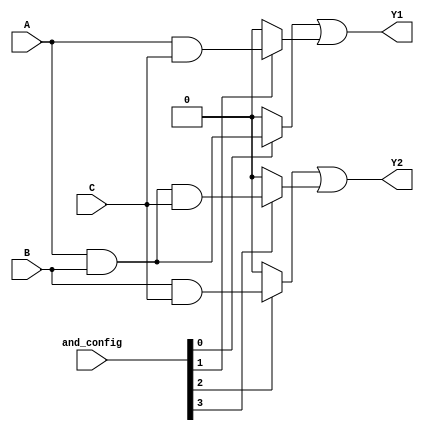
module PAL (
    input wire A,      // Input A
    input wire B,      // Input B
    input wire C,      // Input C
    input wire [3:0] and_config, // Configuration for AND gates
    output wire Y1,    // Output Y1
    output wire Y2     // Output Y2
);

// Internal wires for AND gate outputs
wire and_out0, and_out1, and_out2, and_out3;

// Programmable AND gates
assign and_out0 = (and_config[0]) ? (A & B) : 1'b0; // AND gate 0
assign and_out1 = (and_config[1]) ? (A & C) : 1'b0; // AND gate 1
assign and_out2 = (and_config[2]) ? (B & C) : 1'b0; // AND gate 2
assign and_out3 = (and_config[3]) ? (A & B & C) : 1'b0; // AND gate 3

// Fixed OR array
assign Y1 = and_out0 | and_out1; // Output Y1
assign Y2 = and_out2 | and_out3; // Output Y2

endmodule